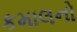
કમાલનો